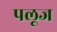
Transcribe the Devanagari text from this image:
पलूज